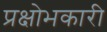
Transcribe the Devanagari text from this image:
प्रक्षोभकारी